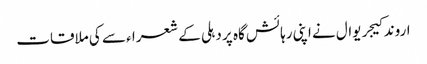
اروند کیجریوال نے اپنی رہائش گاہ پر دہلی کے شعرا ء سے کی ملاقات